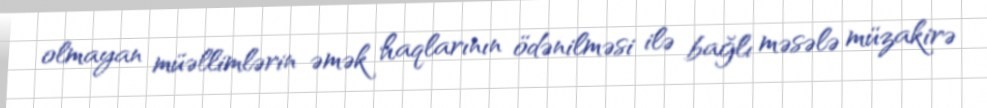
olmayan müəllimlərin əmək haqlarının ödənilməsi ilə bağlı məsələ müzakirə